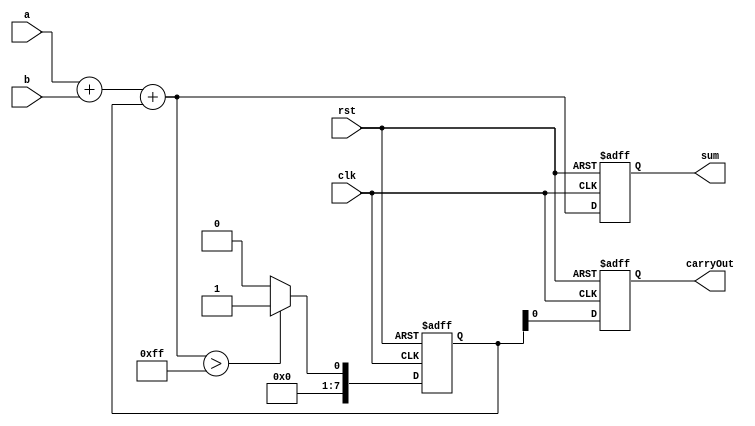
module manchester_carry_chain_adder(
    input wire clk, // Clock input
    input wire rst, // Reset input
    input wire [7:0] a, // Input A (8-bit)
    input wire [7:0] b, // Input B (8-bit)
    output reg [7:0] sum, // Output sum (8-bit)
    output reg carryOut // Output carry out
);
    
    reg [7:0] carry; // Carry input to next block
    
    always @ (posedge clk or posedge rst) begin
        if(rst) begin
            sum <= 8'b0; // Reset sum to 0
            carry <= 8'b0; // Reset carry to 0
            carryOut <= 1'b0; // Reset carryOut to 0
        end else begin
            sum <= a + b + carry; // Compute sum
            carry <= (a + b + carry) > 8'b11111111 ? 8'b1 : 8'b0; // Compute carry out
            carryOut <= carry; // Output carry out
        end
    end
    
endmodule